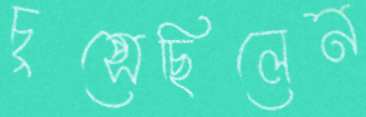
চুপ্‌সেছিলেন